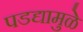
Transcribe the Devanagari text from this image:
पडद्यामुळे